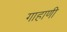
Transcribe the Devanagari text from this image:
गाहाणी